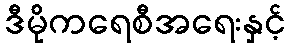
ဒီမိုကရေစီအရေးနှင့်